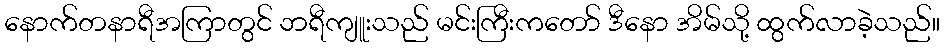
နောက်တနာရီအကြာတွင် ဘရီကျူးသည် မင်းကြီးကတော် ဒီနော အိမ်သို့ ထွက်လာခဲ့သည်။